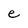
Character: e